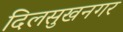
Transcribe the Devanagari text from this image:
दिलसुखनगर